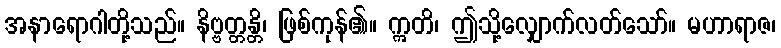
အနာရောဂါတို့သည်။ နိဗ္ဗတ္တန္တိ၊ ဖြစ်ကုန်၏။ ဣတိ၊ ဤသို့လျှောက်လတ်သော်။ မဟာရာဇ၊